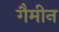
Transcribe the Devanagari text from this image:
गैमीन